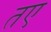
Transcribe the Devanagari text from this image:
तए